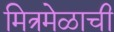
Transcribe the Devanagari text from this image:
मित्रमेळाची